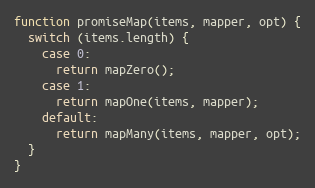
Language: JavaScript
function promiseMap(items, mapper, opt) {
  switch (items.length) {
    case 0:
      return mapZero();
    case 1:
      return mapOne(items, mapper);
    default:
      return mapMany(items, mapper, opt);
  }
}